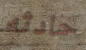
حادثه